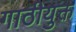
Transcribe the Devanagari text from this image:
गाठीयुक्त